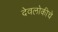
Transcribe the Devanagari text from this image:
देवलोकीचे